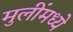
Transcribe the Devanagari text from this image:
मुलींमध्ये